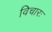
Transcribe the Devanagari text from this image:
विचारः